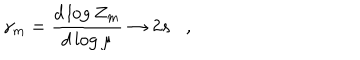
\gamma _ { m } = { \frac { d \log Z _ { m } } { d \log \mu } } \rightarrow 2 s ,